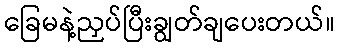
ခြေမနဲ့ညှပ်ပြီးချွတ်ချပေးတယ်။